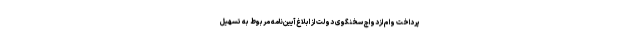
پرداخت وام ازدواج سخنگوی دولت از ابلاغ آیین‌نامه‌ مربوط به تسهیل